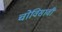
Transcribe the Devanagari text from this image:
चोविसावी